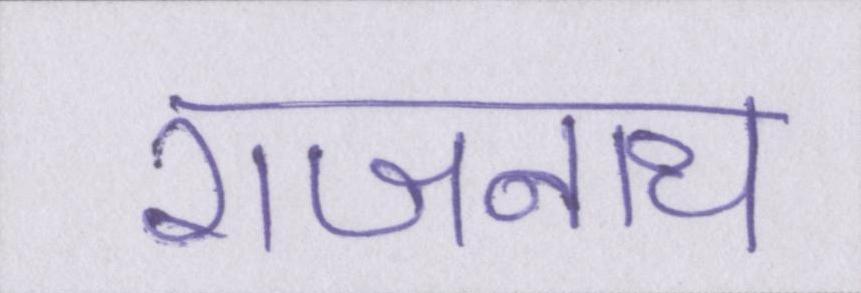
राजनाथ